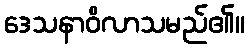
ဒေသနာဝိလာသမည်၏။